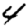
Digit: 4